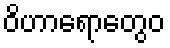
ဝိဟာရောတွေဝ